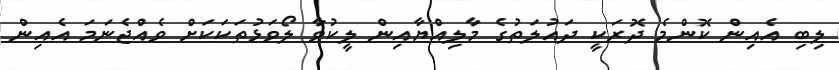
ލިބި އެއިން ކޮންމެ ދޮރަކީ ދައުލަތުގެ މާލިއްޔާއިން ލީކުވާ ލޯވަޅުތަކަކަށް ވެއްޖެނަމަ އެއިން